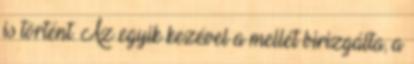
is történt. Az egyik kezével a mellét birizgálta, a